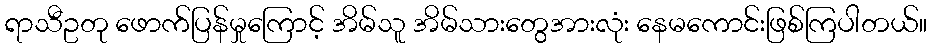
ရာသီဥတု ဖောက်ပြန်မှုကြောင့် အိမ်သူ အိမ်သားတွေအားလုံး နေမကောင်းဖြစ်ကြပါတယ်။